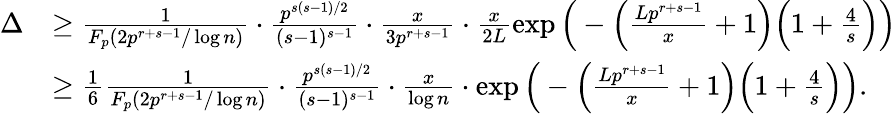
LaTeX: \begin{array}{rl}{\Delta}&{\geq\frac{1}{F_{p}(2p^{r+s-1}/\log{n})}\cdot\frac{p^{s(s-1)/2}}{(s-1)^{s-1}}\cdot\frac{x}{3p^{r+s-1}}\cdot\frac{x}{2L}\exp\Big(-\Big(\frac{Lp^{r+s-1}}{x}+1\Big)\Big(1+\frac{4}{s}\Big)\Big)}\\ &{\geq\frac{1}{6}\frac{1}{F_{p}(2p^{r+s-1}/\log{n})}\cdot\frac{p^{s(s-1)/2}}{(s-1)^{s-1}}\cdot\frac{x}{\log{n}}\cdot\exp\Big(-\Big(\frac{Lp^{r+s-1}}{x}+1\Big)\Big(1+\frac{4}{s}\Big)\Big).}\end{array}